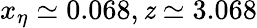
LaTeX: x_{\eta}\simeq0.068,\mathit{z}\simeq3.068